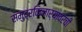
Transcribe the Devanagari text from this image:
समुद्रकिनार्‍यावरची